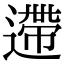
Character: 遰